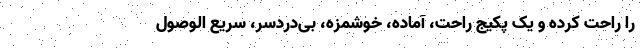
را راحت کرده و یک پکیج راحت، آماده، خوشمزه، بی‌دردسر، سریع الوصول